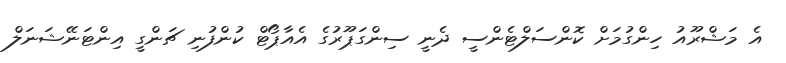
އެ މަޝްރޫއު ހިންގުމަށް ކޮންސަލްޓެންސީ ދެނީ ސިންގަޕޫރުގެ އެއާޕޯޓް ކުންފުނި ޗަންގީ އިންޓަނޭޝަނަލް